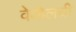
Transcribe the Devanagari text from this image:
वेव्हेलची